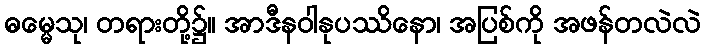
ဓမ္မေသု၊ တရားတို့၌။ အာဒီနဝါနုပဿိနော၊ အပြစ်ကို အဖန်တလဲလဲ